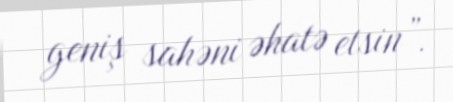
geniş sahəni əhatə etsin”.